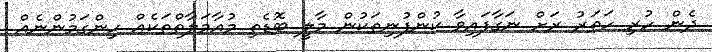
ދެން ހުރި ހަތަރު ރަށް ނަގާފައިވާ ކުންފުނިތަކުން މާލީ ބޮޑެތި މުއާމަލާތްތަކެއް ހިންގަމުންނެއް